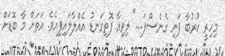
މިހިރީ ކުރުބާ ފަނި ގެނެސްފަ..." ލިވިއާ ފޮތިގަނޑު އެއްލާލައިފިއެވެ. އަތަށް މާ ބޮޑަށް